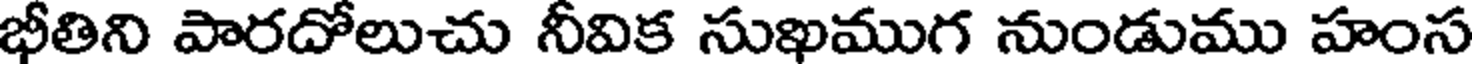
భీతిని పారదోలుచు నీవిక సుఖముగ నుండుము హంస